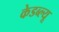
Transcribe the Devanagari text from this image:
केडब्ल्यू